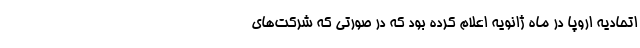
اتحادیه اروپا در ماه ژانویه اعلام کرده بود که در صورتی که شرکت‌های